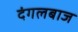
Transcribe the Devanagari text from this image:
दंगलबाज